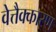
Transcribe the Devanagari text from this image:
वेत्तैक्कारण